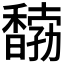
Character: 𩡒